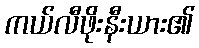
ကယ်လီဖိုးနီးယား၏